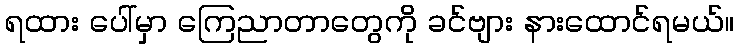
ရထား ပေါ်မှာ ကြေညာတာတွေကို ခင်ဗျား နားထောင်ရမယ်။